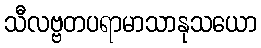
သီလဗ္ဗတပရာမာသာနုသယော